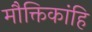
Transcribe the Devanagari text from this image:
मौक्तिकांहि